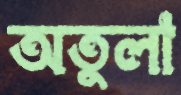
অতুলা